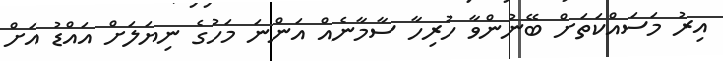
އިރު މަސައްކަތަށް ބޭނުންވާ ހުރިހާ ސާމާނެއް އަންނަ މަހުގެ ނިޔަލަށް އައްޑު އަށް